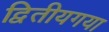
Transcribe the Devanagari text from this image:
द्वितीयगया